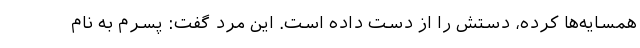
همسایه‌ها کرده، دستش را از دست داده است. این مرد گفت: پسرم به نام